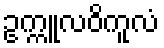
ဥက္ကူလဝိကူလံ